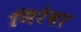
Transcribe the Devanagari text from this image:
निरेवर